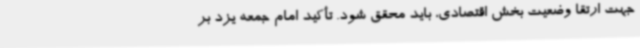
جهت ارتقا وضعیت بخش اقتصادی، باید محقق شود. تأکید امام جمعه یزد بر